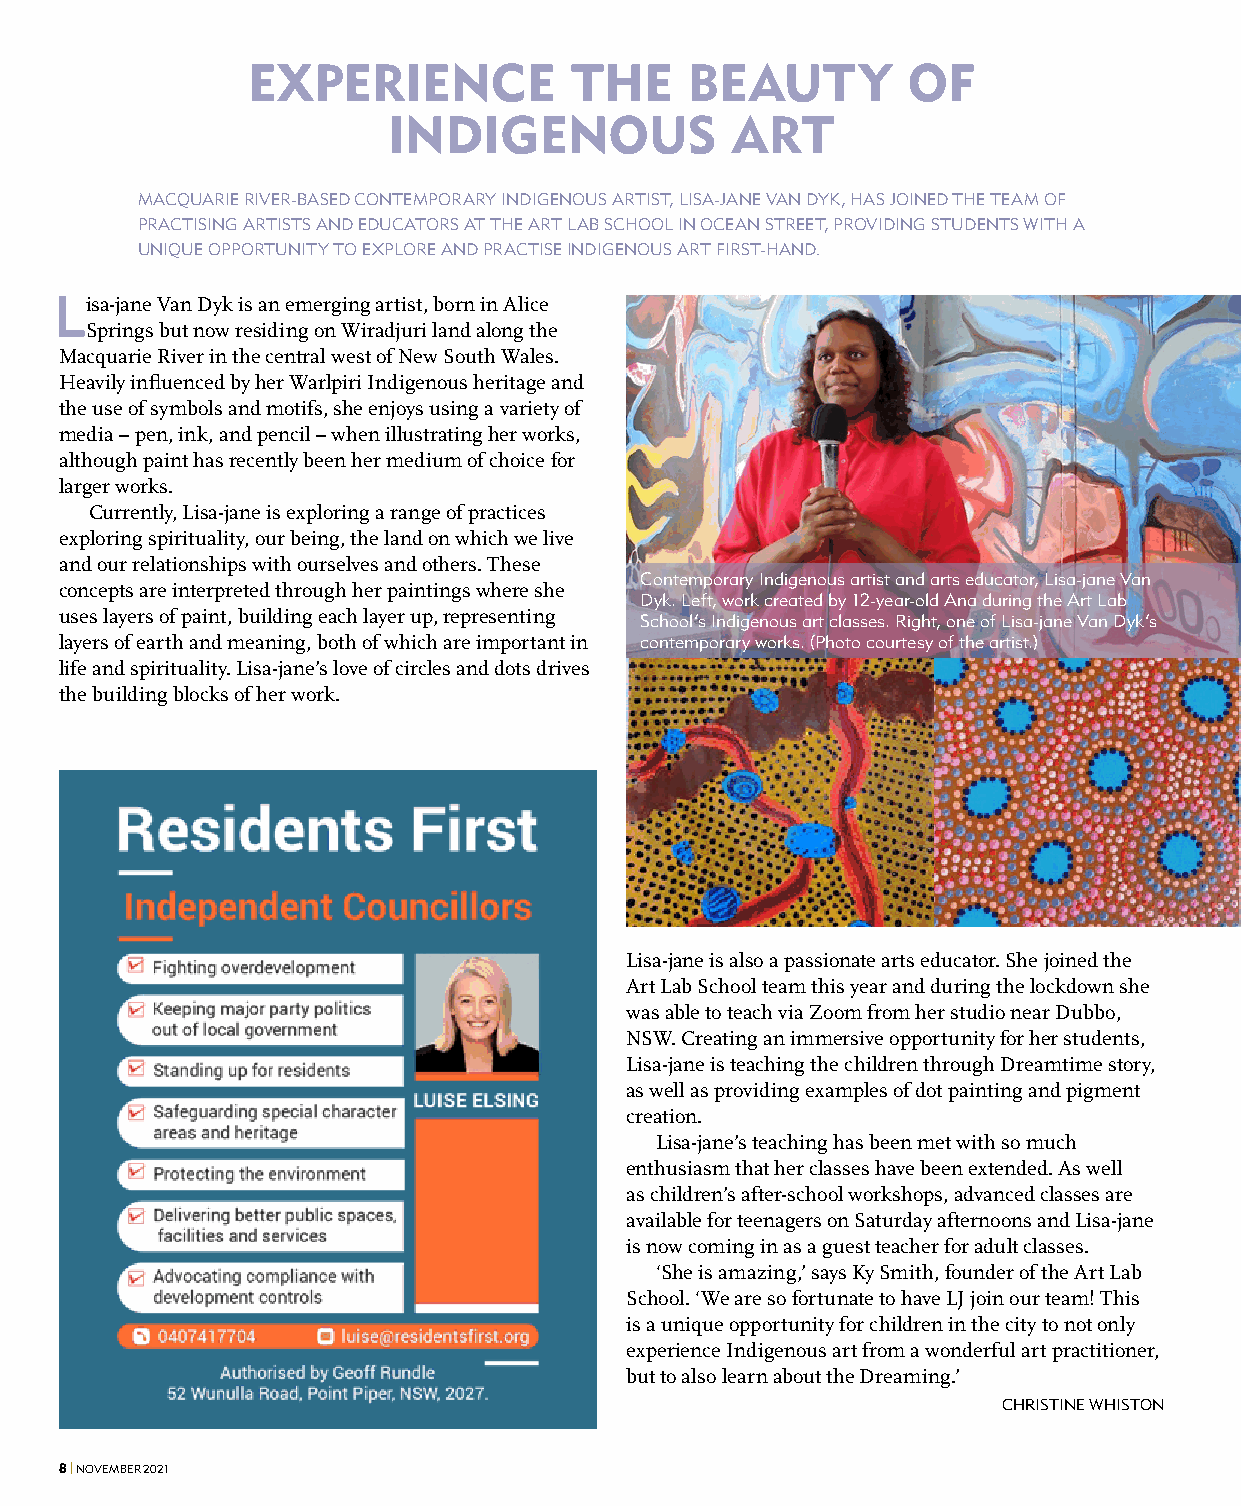
EXPERIENCE            THE    BEAUTY         OF
 INDIGENOUS            ART
 MACQUARIE RIVER-BASED CONTEMPORARY INDIGENOUS ARTIST, LISA-JANE VAN DYK, HAS JOINED THE TEAM OF
 PRACTISING ARTISTS AND EDUCATORS AT THE ART LAB SCHOOL IN OCEAN STREET, PROVIDING STUDENTS WITH A
 UNIQUE OPPORTUNITY TO EXPLORE AND PRACTISE INDIGENOUS ART FIRST-HAND.
 Lisa-jane Van Dyk is an emerging artist, born in Alice
 Springs but now residing on Wiradjuri land along the
 Macquarie River in the central west of New South Wales.
 Heavily influenced by her Warlpiri Indigenous heritage and
 the use of symbols and motifs, she enjoys using a variety of
 media – pen, ink, and pencil – when illustrating her works,
 although paint has recently been her medium of choice for
 larger works.
 Currently, Lisa-jane is exploring a range of practices
 exploring spirituality, our being, the land on which we live
 and our relationships with ourselves and others. These
 Contemporary Indigenous artist and arts educator, Lisa-jane Van
 concepts are interpreted through her paintings where she
 Dyk. Left, work created by 12-year-old Ana during the Art Lab
 uses layers of paint, building each layer up, representing School’s Indigenous art classes. Right, one of Lisa-jane Van Dyk’s
 layers of earth and meaning, both of which are important in contemporary works. (Photo courtesy of the artist.)
 life and spirituality. Lisa-jane’s love of circles and dots drives
 the building blocks of her work.
 Lisa-jane is also a passionate arts educator. She joined the
 Art Lab School team this year and during the lockdown she
 was able to teach via Zoom from her studio near Dubbo,
 NSW. Creating an immersive opportunity for her students,
 Lisa-jane is teaching the children through Dreamtime story,
 as well as providing examples of dot painting and pigment
 creation.
 Lisa-jane’s teaching has been met with so much
 enthusiasm that her classes have been extended. As well
 as children’s after-school workshops, advanced classes are
 available for teenagers on Saturday afternoons and Lisa-jane
 is now coming in as a guest teacher for adult classes.
 ‘She is amazing,’ says Ky Smith, founder of the Art Lab
 School. ‘We are so fortunate to have LJ join our team! This
 is a unique opportunity for children in the city to not only
 experience Indigenous art from a wonderful art practitioner,
 but to also learn about the Dreaming.’
 CHRISTINE WHISTON
 8 | NOVEMBER 2021